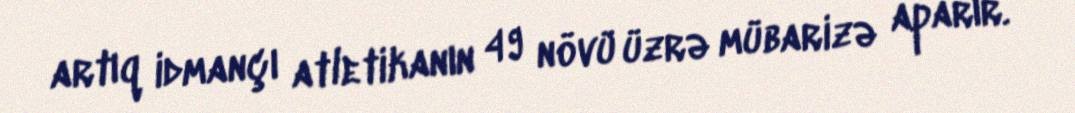
artıq idmançı atletikanın 49 növü üzrə mübarizə aparır.